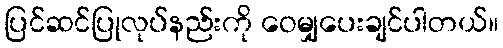
ပြင်ဆင်ပြုလုပ်နည်းကို ဝေမျှပေးချင်ပါတယ်။